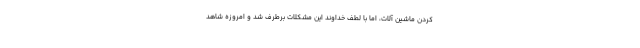
کردن ماشین آلات، اما با لطف خداوند این مشکلات برطرف شد و امروزه شاهد